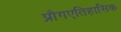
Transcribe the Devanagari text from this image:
प्रौगएतिहासिक